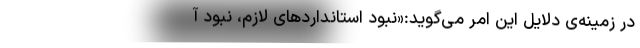
در زمینه‌ی دلایل این امر می‌گوید:‌«نبود استانداردهای لازم، نبود آ